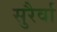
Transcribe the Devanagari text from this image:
सुरैर्वा